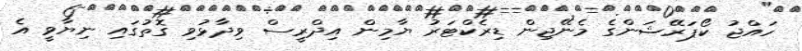
ހައްޖު ކޯޕަރޭޝަންގެ މެނޭޖިން ޑިރެކްޓަރު ޔާމިން އިދްރީސް ވިދާޅުވި ގޮތުގައި ނިޔާވީ އެ